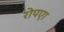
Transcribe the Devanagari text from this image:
रोपएा